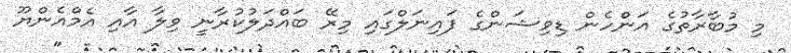
މި މުބާރާތުގެ އަންހެން ޑިވިޝަންގެ ފައިނަލްގައި މިރޭ ބައްދަލުކުރާނީ ވިލާ އާއި އެމްއެންޔޫ